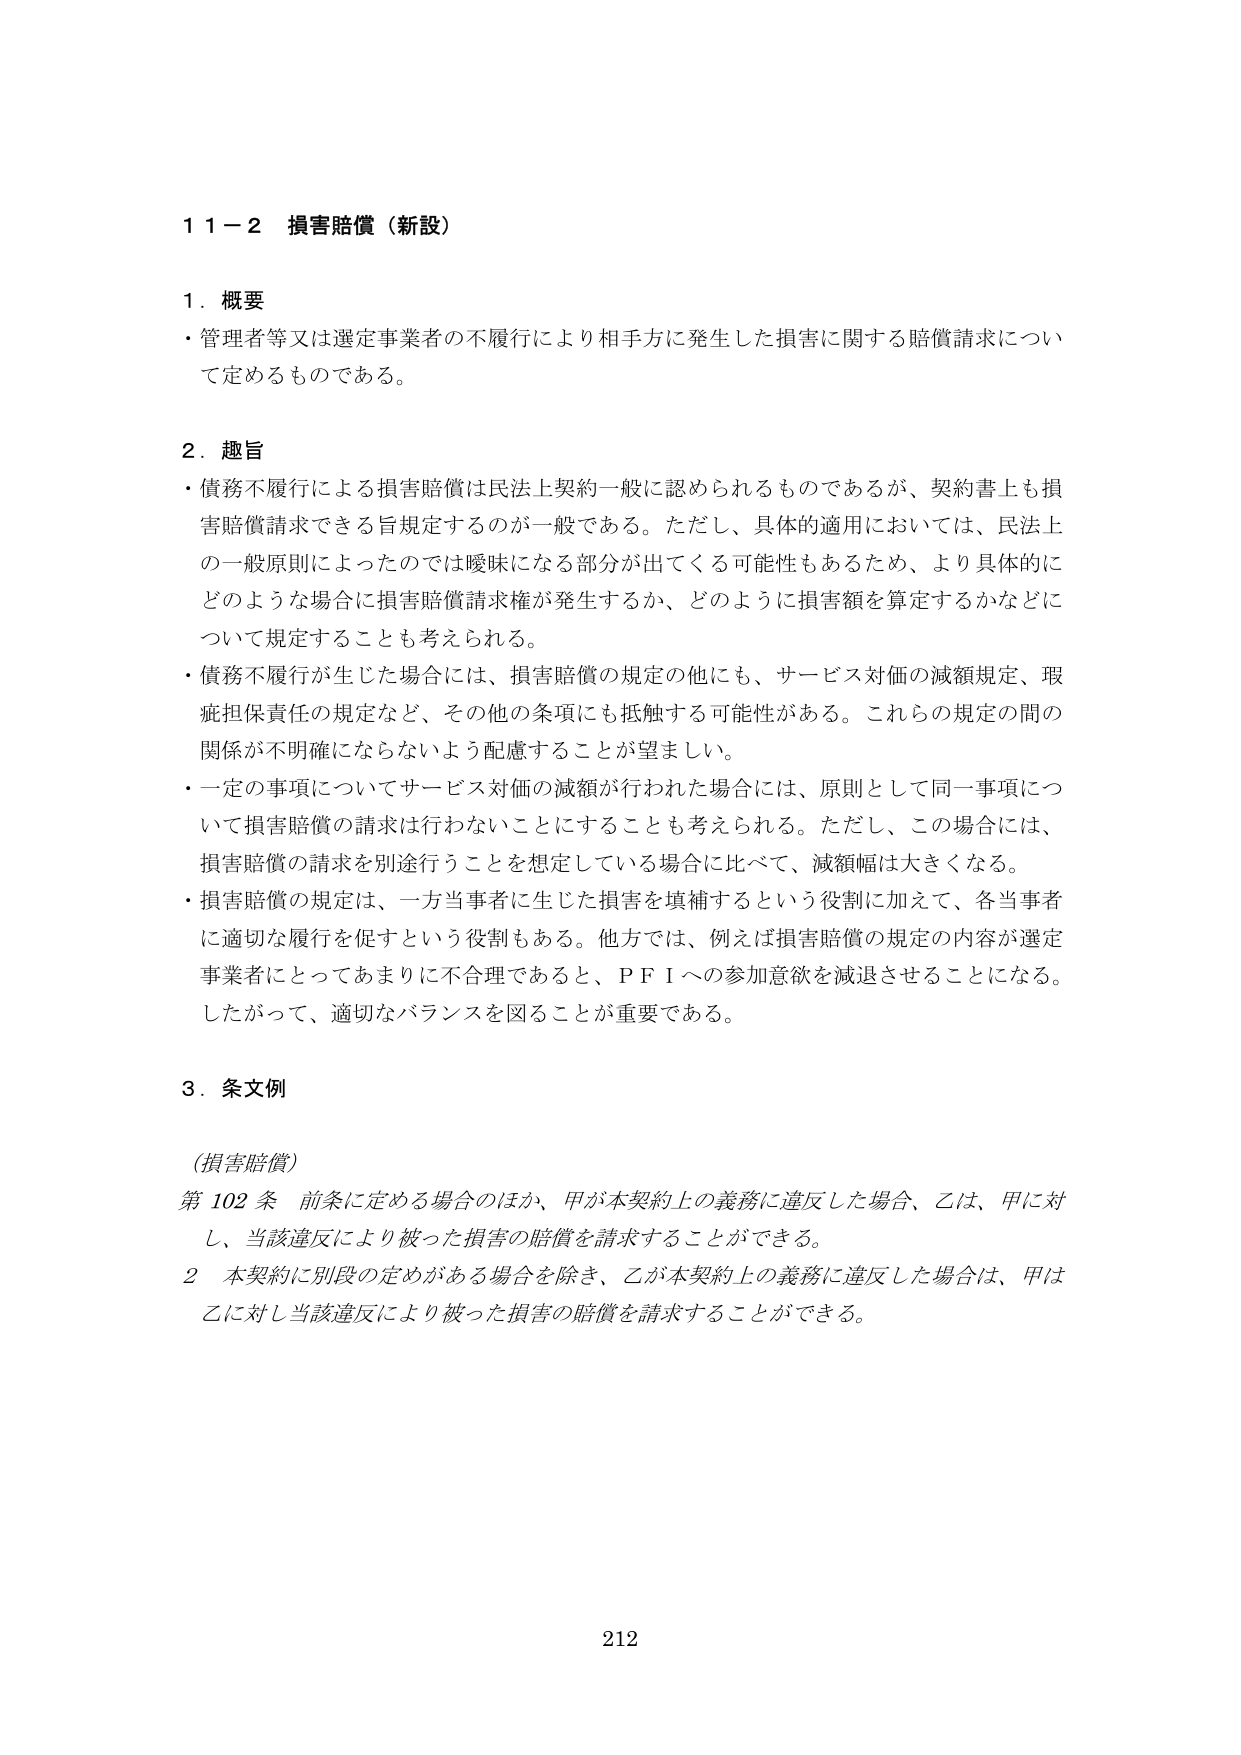
11－2 損害賠償（新設）

1．概要
・管理者等又は選定事業者の不履行により相手方に発生した損害に関する賠償請求について定めるものである。

2．趣旨
・債務不履行による損害賠償は民法上契約一般に認められるものであるが、契約書上も損害賠償請求できる旨規定するのが一般である。ただし、具体的適用においては、民法上的一般原則によったのでは曖昧になる部分が出てくる可能性もあるため、より具体的にどのような場合に損害賠償請求権が発生するか、どのように損害額を算定するかなどについて規定することも考えられる。
・債務不履行が生じた場合には、損害賠償の規定の他にも、サービス対価の減額規定、瑕疵担保責任の規定など、その他の条項にも抵触する可能性がある。これらの規定の間の関係が不明確にならないよう配慮することが望ましい。
・一定の事項についてサービス対価の減額が行われた場合には、原則として同一事項について損害賠償の請求は行わないことにも考えられる。ただし、この場合には、損害賠償の請求を別途行うことを想定している場合に比べて、減額幅は大きくなる。
・損害賠償の規定は、一方当事者に生じた損害を填補するという役割に加えて、各当事者に適切な履行を促すという役割もある。他方では、例えば損害賠償の規定の内容が選定事業者にとってあまりに不合理であると、ＰＦＩへの参加意欲を減退させることになる。したがって、適切なバランスを図ることが重要である。

3．条文例
（損害賠償）
第102条 前条に定める場合のほか、甲が本契約上の義務に違反した場合、乙は、甲に対し、当該違反により被った損害の賠償を請求することができる。
2 本契約に別段の定めがある場合を除き、乙が本契約上の義務に違反した場合は、甲は乙に対し当該違反により被った損害の賠償を請求することができる。

212